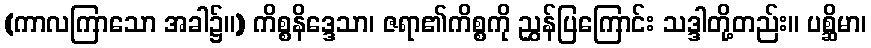
(ကာလကြာသော အခါ၌။) ကိစ္စနိဒ္ဒေသာ၊ ဇရာ၏ကိစ္စကို ညွှန်ပြကြောင်း သဒ္ဒါတို့တည်း။ ပစ္ဆိမာ၊